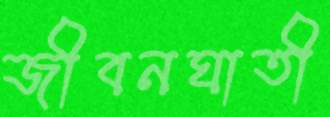
জীবনঘাতী